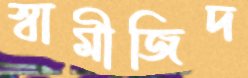
স্বামীজিদ